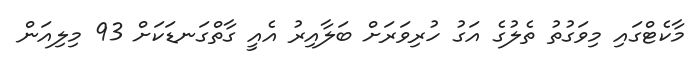
މާކެޓްގައި މިވަގުތު ތެލުގެ އަގު ހުރިވަރަށް ބަލާއިރު އެއީ ގާތްގަނޑަކަށް 93 މިލިއަން